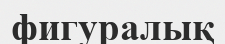
фигуралық